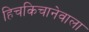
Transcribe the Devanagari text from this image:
हिचकिचानेवाला